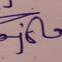
Signature authenticity: genuine